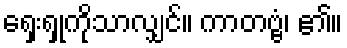
ရှေးရှုကိုသာလျှင်။ ကာတဗ္ဗံ၊ ၏။